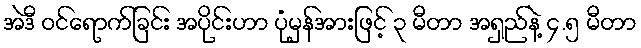
အဲဒီ ဝင်ရောက်ခြင်း အပိုင်းဟာ ပုံမှန်အားဖြင့် ၃ မီတာ အရှည်နဲ့ ၄.၅ မီတာ